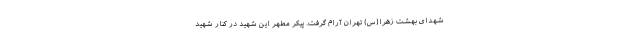
شهدای بهشت زهرا(س) تهران آرام گرفت. پیکر مطهر این شهید در کنار شهید